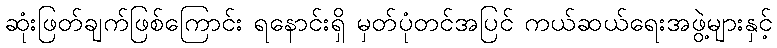
ဆုံးဖြတ်ချက်ဖြစ်ကြောင်း ရနောင်းရှိ မှတ်ပုံတင်အပြင် ကယ်ဆယ်ရေးအဖွဲ့များနှင့်